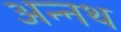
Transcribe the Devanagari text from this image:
अन्नथ